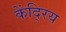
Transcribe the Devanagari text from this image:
केंदि्रय